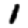
Digit: 1